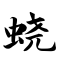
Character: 蛲